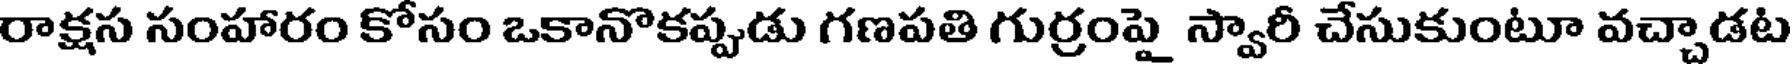
రాక్షస సంహారం కోసం ఒకానొకప్పుడు గణపతి గుర్రంపై స్వారీ చేసుకుంటూ వచ్చాడట